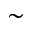
\sim